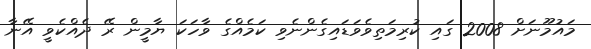
މައުމޫނަށް 2008 ގައި ކުރިމަތިވެވަޑައިގެންނެވި ކަމެއްގެ ވާހަކަ ޔާމީން ރޭ ދެއްކެވީ އޭނާ